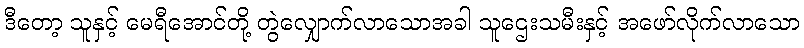
ဒီတော့ သူနှင့် မေရီအောင်တို့ တွဲလျှောက်လာသောအခါ သူဌေးသမီးနှင့် အဖော်လိုက်လာသော